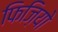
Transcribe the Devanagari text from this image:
फिज़ियो